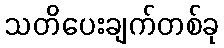
သတိပေးချက်တစ်ခု